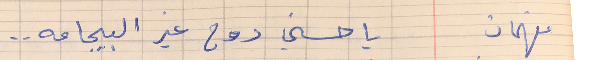
فهمان     يا حسني روح غير البيجامه . .